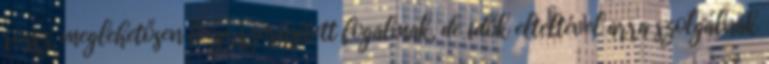
rossz, meglehetősen leegyszerűsített fogalmak, de idők elteltével arra szolgálnak